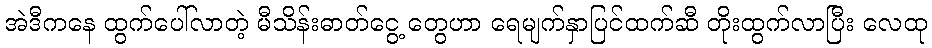
အဲဒီကနေ ထွက်ပေါ်လာတဲ့ မီသိန်းဓာတ်ငွေ့ တွေဟာ ရေမျက်နှာပြင်ထက်ဆီ တိုးထွက်လာပြီး လေထု